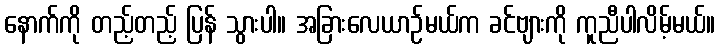
နောက်ကို တည့်တည့် ပြန် သွားပါ။ အခြားလေယာဉ်မယ်က ခင်ဗျားကို ကူညီပါလိမ့်မယ်။